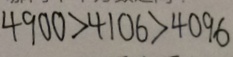
4 9 0 0 > 4 1 0 6 > 4 0 9 6